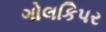
ગોલકિપર